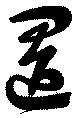
置